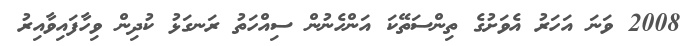
2008 ވަނަ އަހަރު އެވަށުގެ ތިންސަތޭކަ އަންހެނުން ސިއްހަތު ރަނގަޅު ކުދިން ވިހާފައިވާއިރު